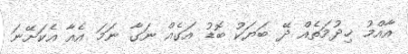
އާއްމު ޚިދުމަތެއް ދޭ ބަޔަކު ބޮޑު އަގެއް ނަގާ ނަމަ އެއާ އެކަށޭނަ